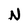
Character: N